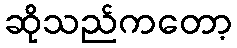
ဆိုသည်ကတော့